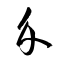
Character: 介